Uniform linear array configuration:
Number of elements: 4
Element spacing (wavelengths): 0.5
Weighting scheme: blackman
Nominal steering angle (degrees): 30
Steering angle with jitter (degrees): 30.766
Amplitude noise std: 0.05
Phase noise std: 0.05

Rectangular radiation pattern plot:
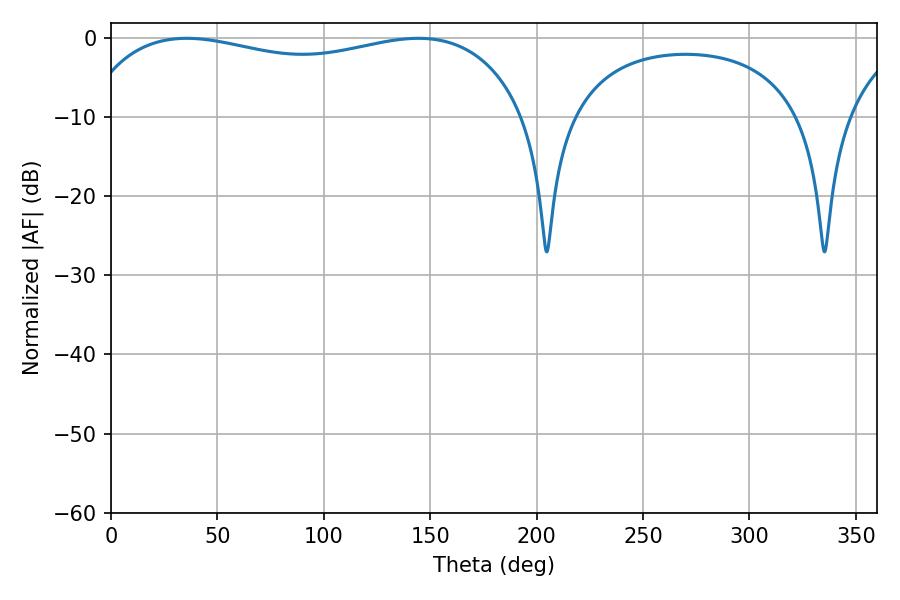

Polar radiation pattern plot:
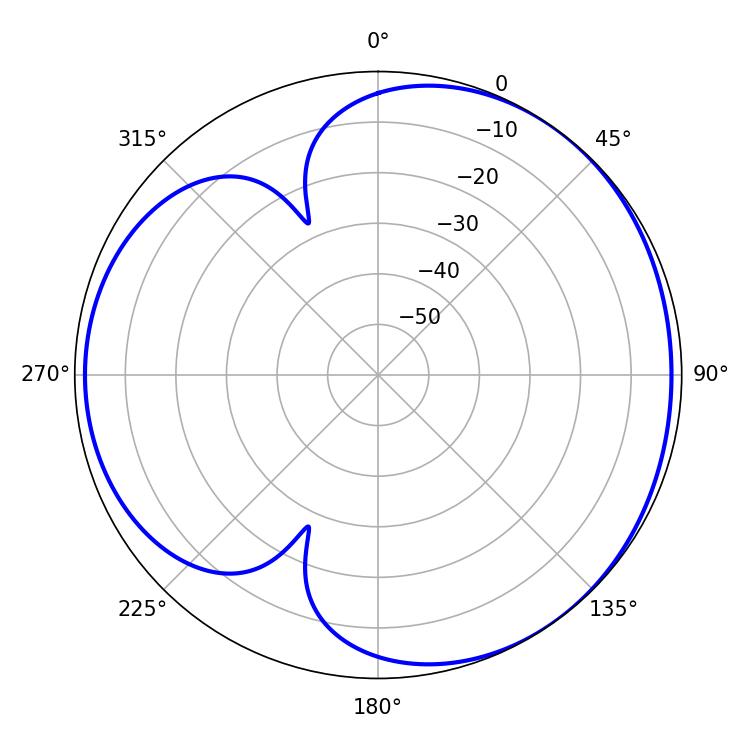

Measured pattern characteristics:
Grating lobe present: FALSE
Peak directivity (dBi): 3.649
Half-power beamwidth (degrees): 170.64
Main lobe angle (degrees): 35.64